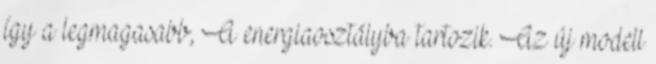
így a legmagasabb, A energiaosztályba tartozik. Az új modell